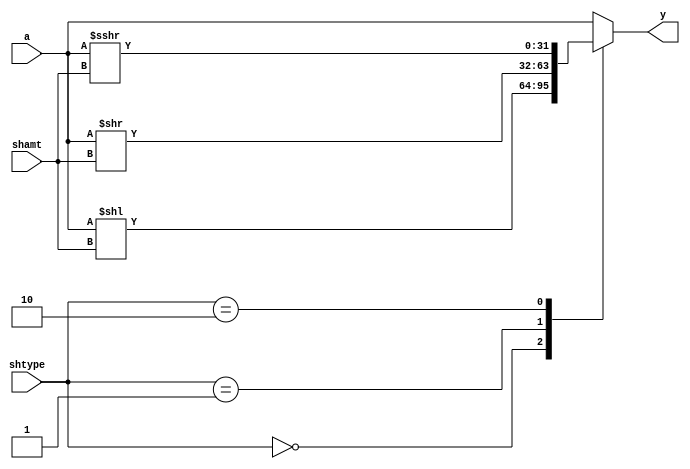
// This program was cloned from: https://github.com/siliconcompiler/scgallery
// License: Apache License 2.0

module shifter (input  wire signed [31:0] a,
		input wire [ 4:0]  shamt,
		input wire [ 1:0]  shtype,
		output reg [31:0] y);
   
   always@(*)
     case (shtype)
       2'b00:   
	 begin
	    y = a << shamt;
	 end	    
       2'b01:   
	 begin
	    y = a >> shamt;
	 end
       2'b10:   
	 begin
	    y = a >>> shamt;
	 end
       default: 
	 begin
	    y = a;
	 end
     endcase // case (shtype)

endmodule // shifter